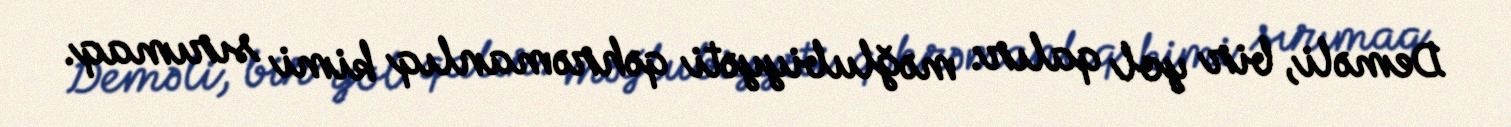
Deməli, bir yol qalır: məğlubiyyəti qəhrəmanlıq kimi sırımaq.